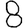
Digit: 8